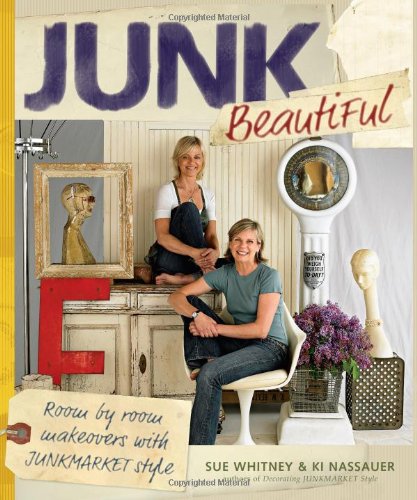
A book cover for Junk Beautiful: Room by Room Makeovers with Junkmarket Style; Sue Whitney; Crafts, Hobbies & Home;